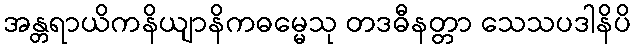
အန္တရာယိကနိယျာနိကဓမ္မေသု တဒဓီနတ္တာ သေသပဒါနိပိ